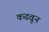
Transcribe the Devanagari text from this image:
कढवून